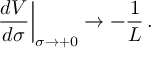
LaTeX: \left. \frac { d V } { d \sigma } \right| _ { \sigma \rightarrow + 0 } \rightarrow - \frac { 1 } { L } \, .